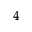
_ { 4 }